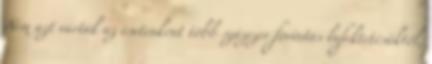
Nem azt várták az esetenként több százezer forintos befektetésüktől,